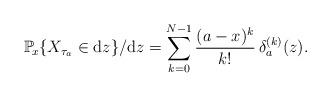
LaTeX: \begin{align*}\mathbb{P}_{\!x}\{X_{\tau_a}\in \mathrm{d} z\}/\mathrm{d} z=\sum_{k=0}^{N-1}\frac{(a-x)^k}{k!}\,\delta_a^{(k)}(z).\end{align*}